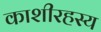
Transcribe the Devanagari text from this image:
काशीरहस्य